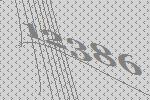
12386